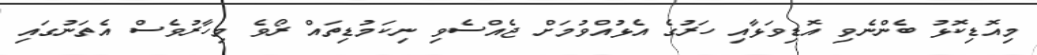
މިއޮޑިކޮޅު ބެންނެވި އޮޑިވަޅާއި ހަރުގެ އެޅުއްވުމަށް ޖެއްސެވި ނިކަމުޑިތައް ރޯވެ މިހާރުވެސް އެތަނުގައި